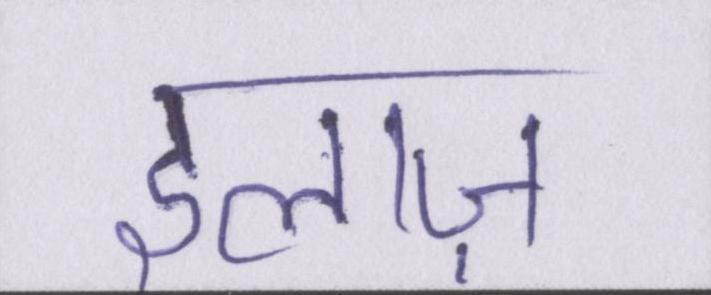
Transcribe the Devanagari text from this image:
इलाज़